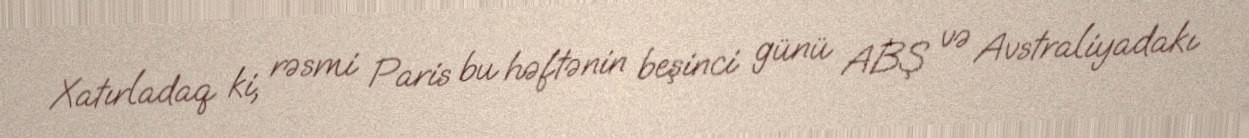
Xatırladaq ki, rəsmi Paris bu həftənin beşinci günü ABŞ və Avstraliyadakı